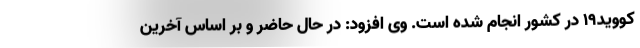
کووید۱۹ در کشور انجام شده است. وی افزود: در حال حاضر و بر اساس آخرین